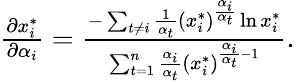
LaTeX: \begin{array}{r}{\frac{\partial x_{i}^{*}}{\partial\alpha_{i}}=\frac{-\sum_{t\neq i}\frac{1}{\alpha_{t}}(x_{i}^{*})^{\frac{\alpha_{i}}{\alpha_{t}}}\ln x_{i}^{*}}{\sum_{t=1}^{n}\frac{\alpha_{i}}{\alpha_{t}}(x_{i}^{*})^{\frac{\alpha_{i}}{\alpha_{t}}-1}}.}\end{array}